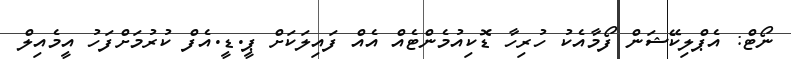
ނޯޓް: އެޕްލިކޭޝަން ފޯމާއެކު ހުރިހާ ޑޮކިއުމެންޓެއް އެއް ފައިލަކަށް ޕީ.ޑީ.އެފް ކުރުމަށްފަހު އީމެއިލް